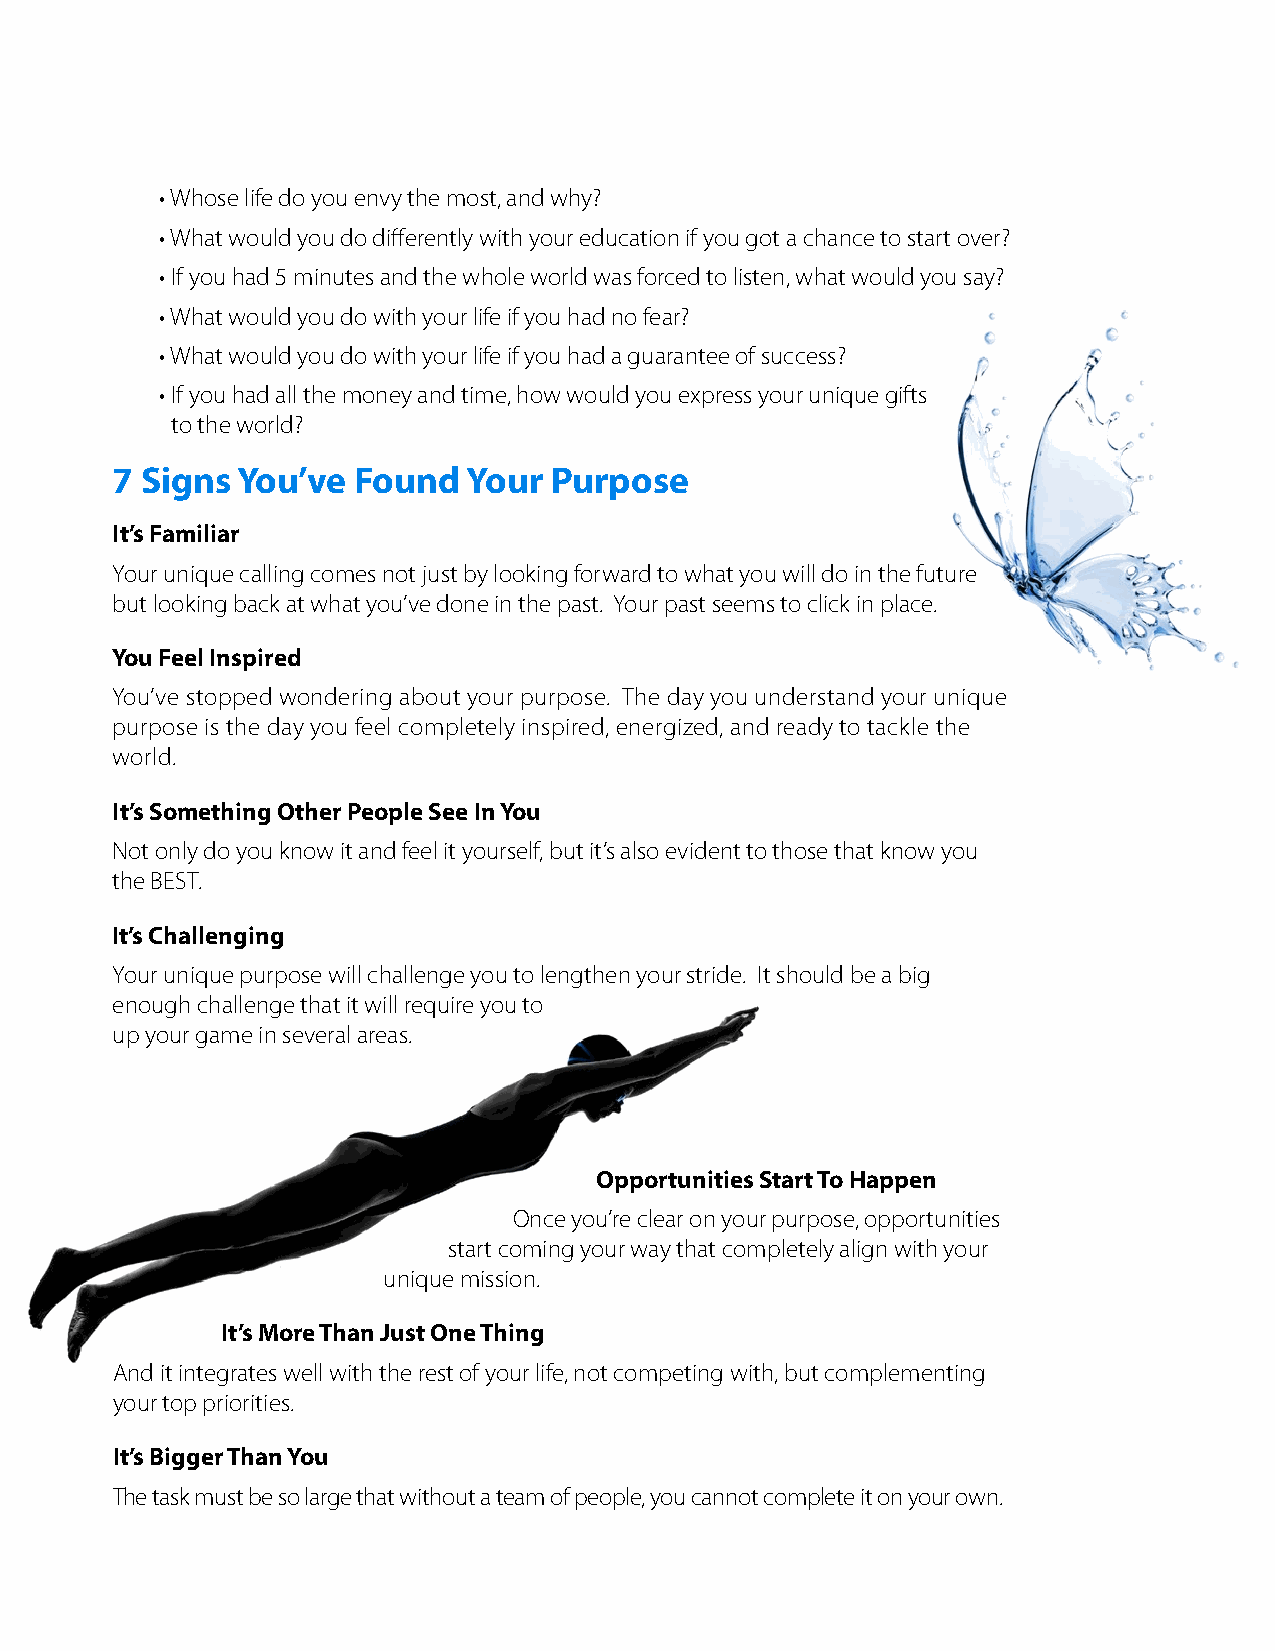
• Whose life do you envy the most, and why?
 • What would you do differently with your education if you got a chance to start over?
 • If you had 5 minutes and the whole world was forced to listen, what would you say?
 • What would you do with your life if you had no fear?
 • What would you do with your life if you had a guarantee of success?
 • If you had all the money and time, how would you express your unique gifts
 to the world?
 7 Signs  You’ve Found   Your Purpose
 It’s Familiar
 Your unique calling comes not just by looking forward to what you will do in the future
 but looking back at what you’ve done in the past. Your past seems to click in place.
 You Feel Inspired
 You’ve stopped wondering about your purpose. The day you understand your unique
 purpose is the day you feel completely inspired, energized, and ready to tackle the
 world.
 It’s Something Other People See In You
 Not only do you know it and feel it yourself, but it’s also evident to those that know you
 the BEST.
 It’s Challenging
 Your unique purpose will challenge you to lengthen your stride. It should be a big
 enough challenge that it will require you to
 up your game in several areas.
 Opportunities Start To Happen
 Once you’re clear on your purpose, opportunities
 start coming your way that completely align with your
 unique mission.
 It’s More Than Just One Thing
 And it integrates well with the rest of your life, not competing with, but complementing
 your top priorities.
 It’s Bigger Than You
 The task must be so large that without a team of people, you cannot complete it on your own.